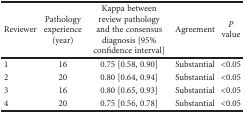
| Reviewer | Pathology experience (year) | Kappa between review pathology and the consensus diagnosis [95% confidence interval] | Agreement | P value |
 | --- | --- | --- | --- | --- |
 | 1 | 16 | 0.75 [0.58, 0.90] | Substantial | <0.05 |
 | 2 | 20 | 0.80 [0.64, 0.94] | Substantial | <0.05 |
 | 3 | 16 | 0.80 [0.65, 0.93] | Substantial | <0.05 |
 | 4 | 20 | 0.75 [0.56, 0.78] | Substantial | <0.05 |